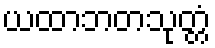
ယထာဘတသုတ္တံ